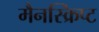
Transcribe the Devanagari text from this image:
मैनस्क्रिप्ट